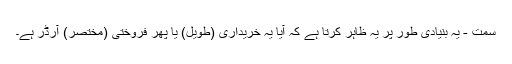
سمت - یہ بنیادی طور پر یہ ظاہر کرتا ہے کہ آیا یہ خریداری (طویل) یا پھر فروختی (مختصر) آرڈر ہے۔